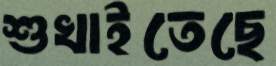
শুখাইতেছে